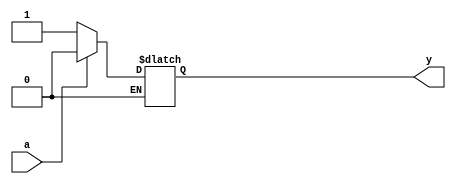
`timescale 1ns / 1ps
//////////////////////////////////////////////////////////////////////////////////
// Company: 
// Engineer: 
// 
// Design Name: 
// Module Name:    ex 
// Project Name: 
// Target Devices: 
// Tool versions: 
// Description: 
//
// Dependencies: 
//
// Revision: 
// Revision 0.01 - File Created
// Additional Comments: 
//
//////////////////////////////////////////////////////////////////////////////////
module ex(
    input a,
    output reg y
    );
	 always @ (a) begin
	     if (a == 1'b0) begin
	          y=1'b1;
	     end
	     else if (a==1'b1) begin
	          y=1'b0;
	     end
	 end
endmodule